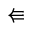
\Lleftarrow